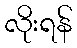
လိုးရန်